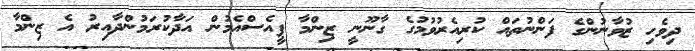
ދިވެހި ޒުވާނުންގެ ފަންނުތައް ކުރިއެރުވުމުގެ ގާނޫނީ ޒިންމާ ޕީއެސްއެމުން އަދާކުރަމުންދާއިރު އެ ޒިންމާ